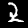
Label: 2